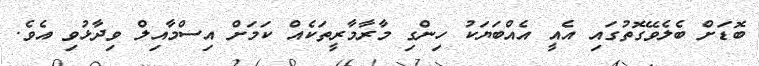
ބޮޑަށް ބެލެވޭގޮތުގައި އެއީ އެއްބަޔަކު ހިންގި މާރާމާރީތަކެއް ކަމަށް އިސްމާއިލް ވިދާޅުވި އެވެ.